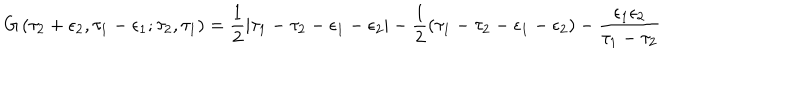
G \left( \tau _ { 2 } + \epsilon _ { 2 } , \tau _ { 1 } - \epsilon _ { 1 } ; \tau _ { 2 } , \tau _ { 1 } \right) = \frac 1 2 | \tau _ { 1 } - \tau _ { 2 } - \epsilon _ { 1 } - \epsilon _ { 2 } | - \frac 1 2 \left( \tau _ { 1 } - \tau _ { 2 } - \epsilon _ { 1 } - \epsilon _ { 2 } \right) - \frac { \epsilon _ { 1 } \epsilon _ { 2 } } { \tau _ { 1 } - \tau _ { 2 } }